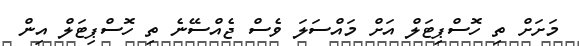
މަށަށް ތި ހޮސްޕިޓަލް އަށް މައްސަލަ ވެސް ޖެއްސޭނެ ތި ހޮސްޕިޓަލް އިން